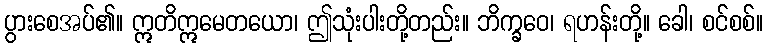
ပွားစေအပ်၏။ ဣတိဣမေတယော၊ ဤသုံးပါးတို့တည်း။ ဘိက္ခဝေ၊ ရဟန်းတို့။ ခေါ၊ စင်စစ်။